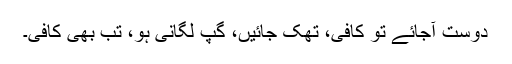
دوست آجائے تو کافی، تھک جائیں، گپ لگانی ہو، تب بھی کافی۔